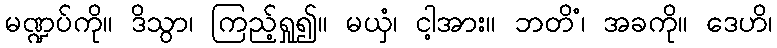
မဏ္ဍပ်ကို။ ဒိသွာ၊ ကြည့်ရှု၍။ မယှံ၊ ငါ့အား။ ဘတိံ၊ အခကို။ ဒေဟိ၊